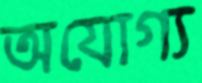
অযোগ্য